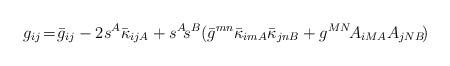
LaTeX: \begin{align*}g_{ij}\! =\! \bar{g}_{ij} -2s^{A}\bar{\kappa}_{ijA}+s^{A}\!s^{B}(\bar{g}^{mn}\bar{\kappa}_{imA}\bar{\kappa}_{jnB} + g^{MN}\! A_{iMA}A_{jNB}\!)\end{align*}